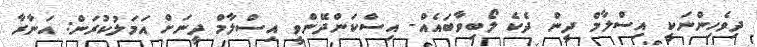
ދިވެހިންނަކީ އިސްލާމް ދީން ދެކެ ލޯބިވާބައެއް- އިސްކަންދޭންވީ އިސްލާމް ދީނަށް އަމަލުކުރަން: އަނާރާ